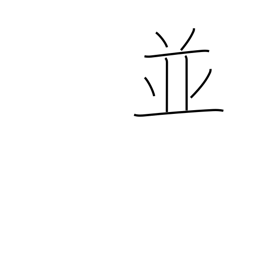
Meaning: as well as